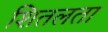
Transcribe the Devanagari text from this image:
शितलता